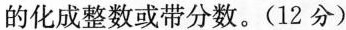
的化成整数或带分数。(12分)